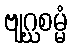
ဗျဂ္ဃစမ္မံ